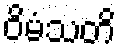
ဝိမံသတိ